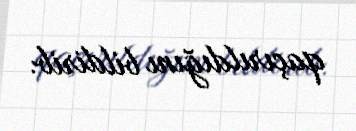
qaçırıldığını bildirib.